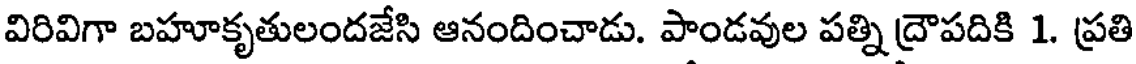
విరివిగా బహూకృతులందజేసి ఆనందించాడు. పాండవుల పత్ని ద్రౌపదికి 1. ప్రతి